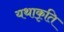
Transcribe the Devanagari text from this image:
यथाकृति